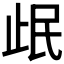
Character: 𰙣